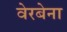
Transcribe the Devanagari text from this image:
वेरबेना